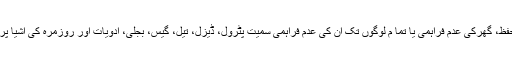
تعلیم، صحت، روزگار، مہنگائی، انصاف، تحفظ، گھرکی عدم فراہمی یا تما م لوگوں تک ان کی عدم فراہمی سمیت پٹرول، ڈیزل، تیل، گیس، بجلی، ادویات اور روزمرہ کی اشیا پر عام آدمی کی عدم رسائی ایک بڑا مسئلہ ہے۔